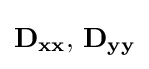
\mathbf {D_{xx}} ,\,\mathbf {D_{yy}}